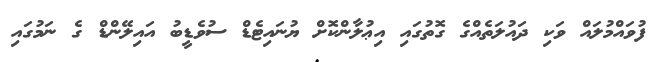
ފުވައްމުލައް ވަކި ދައުލަތެއްގެ ގޮތުގައި އިޢުލާންކޮށް ޔުނައިޓެޑް ސުވެޑީބު އައިލޭންޑް ގެ ނަމުގައި